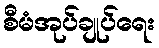
စီမံအုပ်ချုပ်ရေး